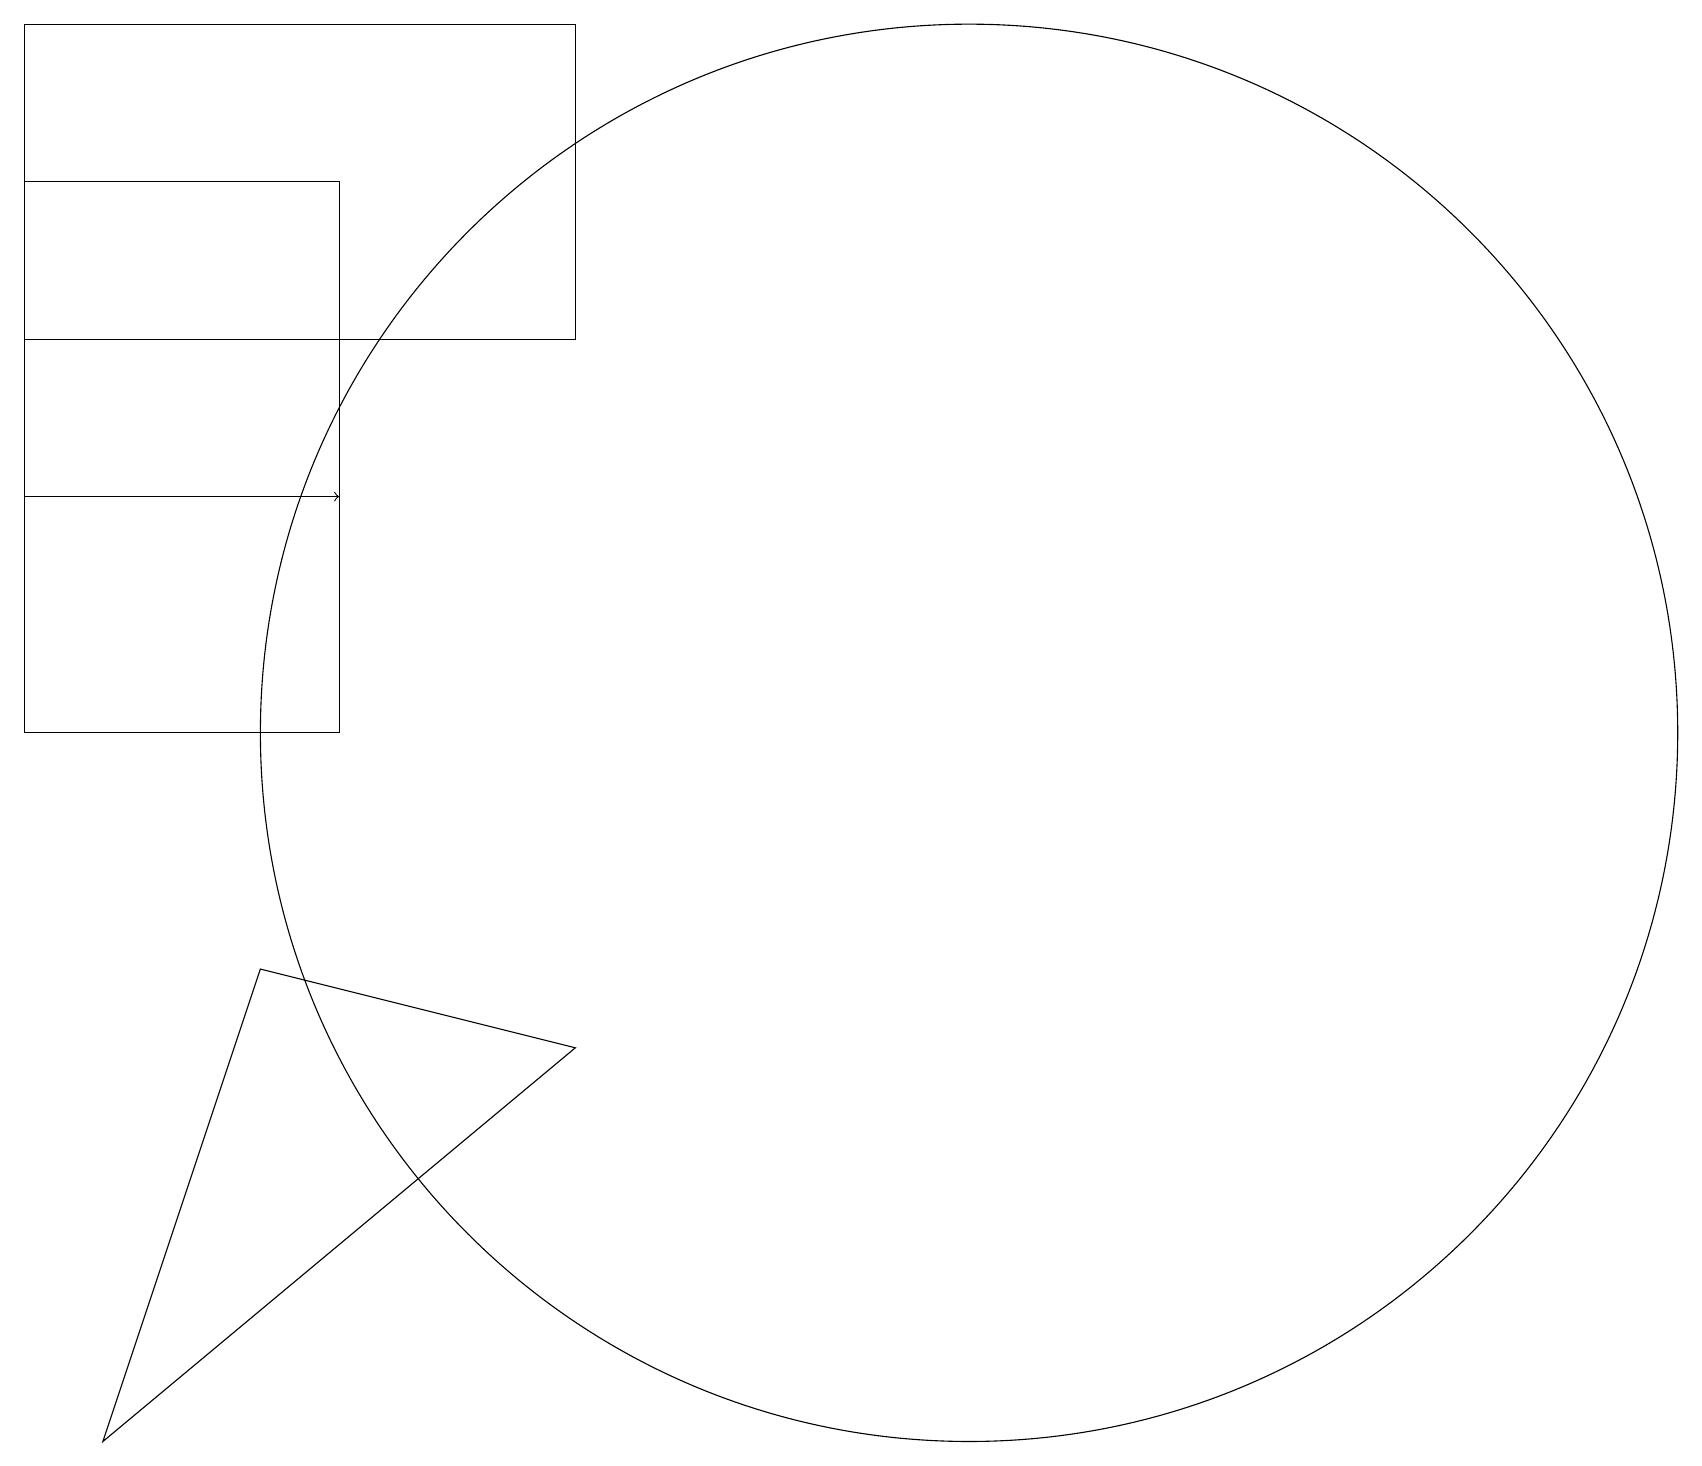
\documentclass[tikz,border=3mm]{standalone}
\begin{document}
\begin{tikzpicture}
\draw (12,10) circle (9);
\draw[->] (0,13) -- (4,13);
\draw (1,1) -- (3,7) -- (7,6) -- cycle;
\draw (4,17) rectangle (0,10);
\draw (0,19) rectangle (7,15);
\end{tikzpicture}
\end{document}